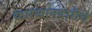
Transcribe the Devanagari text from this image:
कारखानदारीचे